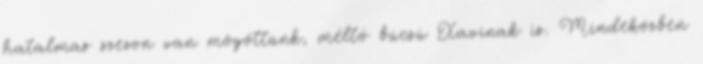
hatalmas szezon van mögöttünk, méltó búcsú Xavinak is. Mindeközben